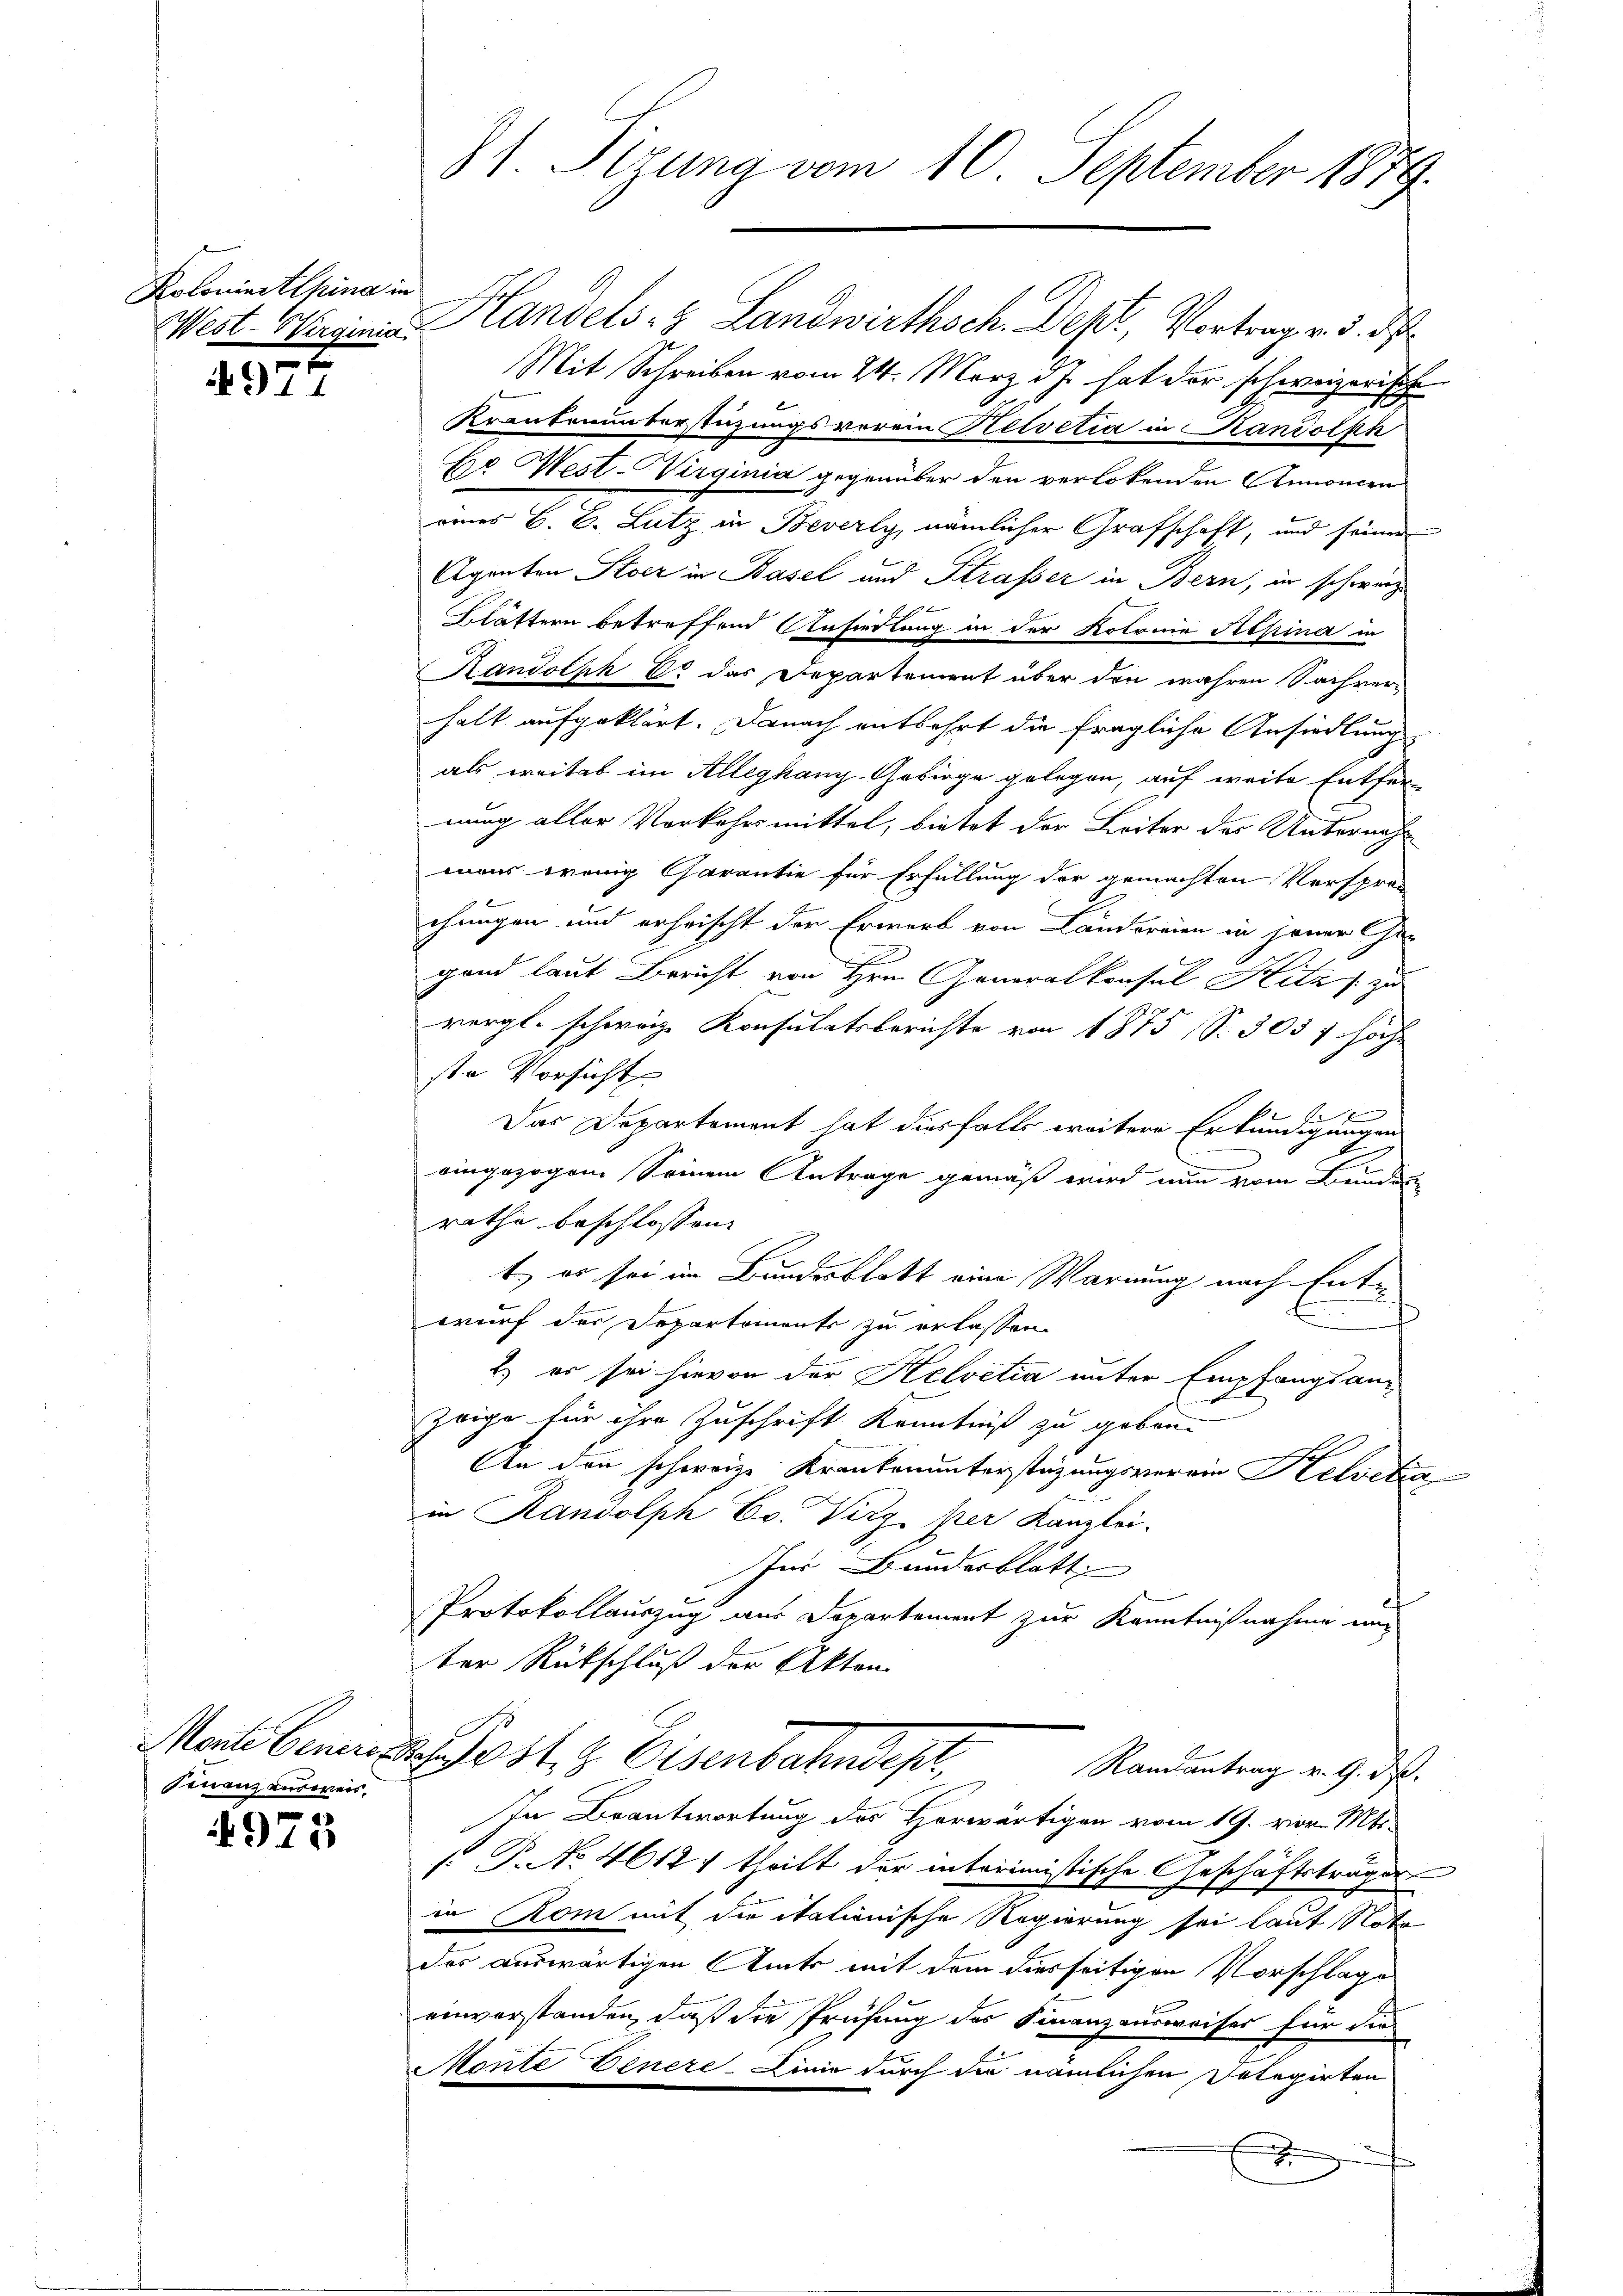
Koloniertlpina in

.
11

Finanz ausweis,

4975

81. Stzung vom 10. September 1879.

West. Weigina Handels- & Landwirthsch. Dept, Vortrag v. 3. d
Mit Schreiben vom 24. März d.J. hat der schweizerisch
Krankenunterstüzungsverein Helvetia in Kandolph
Ere West-Virginia gegenüber den verlobenden Annoncen
eines B. B. Lutz in Beverly, nämlicher Grafschaft, und seiner
Agenten Stock in Basel und Strasser in Bern, in schwerz
Glättern betreffend Ansiedlung in der Kolonie Pepina in
Randolph 80 das Departement über den wahren Sachverhalt aufgeklärt. Danach entbehrt die fragliche Ansiedlung
als weitet im Alleghany-Gebirge gelegen, auf weite Entfer-
nung aller Verkehrsmittel, bietet der Leiter des Unternahmons wenig Garantie für Erfüllung der gemachten Versprec
chungen und erheischt der Erwerb von Cantoreien in jener Ge-
gand laut Bericht von Hrn. Generalkonsul Hitz / zu
vergl. schweiz. Konsulatsberichte von 1875 S. 305 f höch
ste Vorsicht
fx
b
Das Departement hat diesfalls weitere Erkundigungen
eingezogen Seinem Antrage gemäß wird nun vom Bunden
rathe beschlossen:
t, es sei im Bundesblatt eine Warnung nach Entwurf der Departements zu erlassen
2) er sei hievon der Helvetia unter Empfangsan-
zeige für ihre Zuschrift Kenntniß zu geben.
An den schweize Krankenunterstüzungsverein Helvetia
in Randolph Ev. Virg per Kanzlei-
für Bunderblätte |
Protokollauszug aus Departement zur Kenntnißnahme un
ter Rückschluß der Akten.
Marte beni d. Jost, z. Eisenbahndep
Ramantrag v. 9. d.
In Beantwortung des Horwärtigen vom 19. vor. Mts.
 P. No 4612. theilt der interimistische Geschäftsträger
e
in Rom mit die itationische Regierung sei laut Noto
des auswärtigen Amts mit dem diesseitigen Vorschlage
einverstanden, daß die Prüfung des Finanzausweiser für dies
Monte Einere Linie durch die nämlichen Delegirten